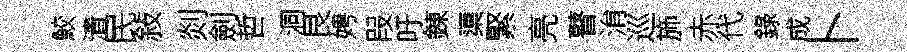
鮫清民敍剡劍哲洞艮娉叚吁錬蕖緊亮瞽㳙巡斾赤代錄成卜